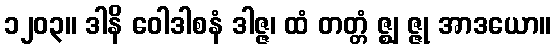
၁၂၀၃။ ဒါနိ ဝေါဒါစနံ ဒါဇ္ဇ၊ ထံ တတ္တံ ဇ္ဈ ဇ္ဇု အာဒယော။